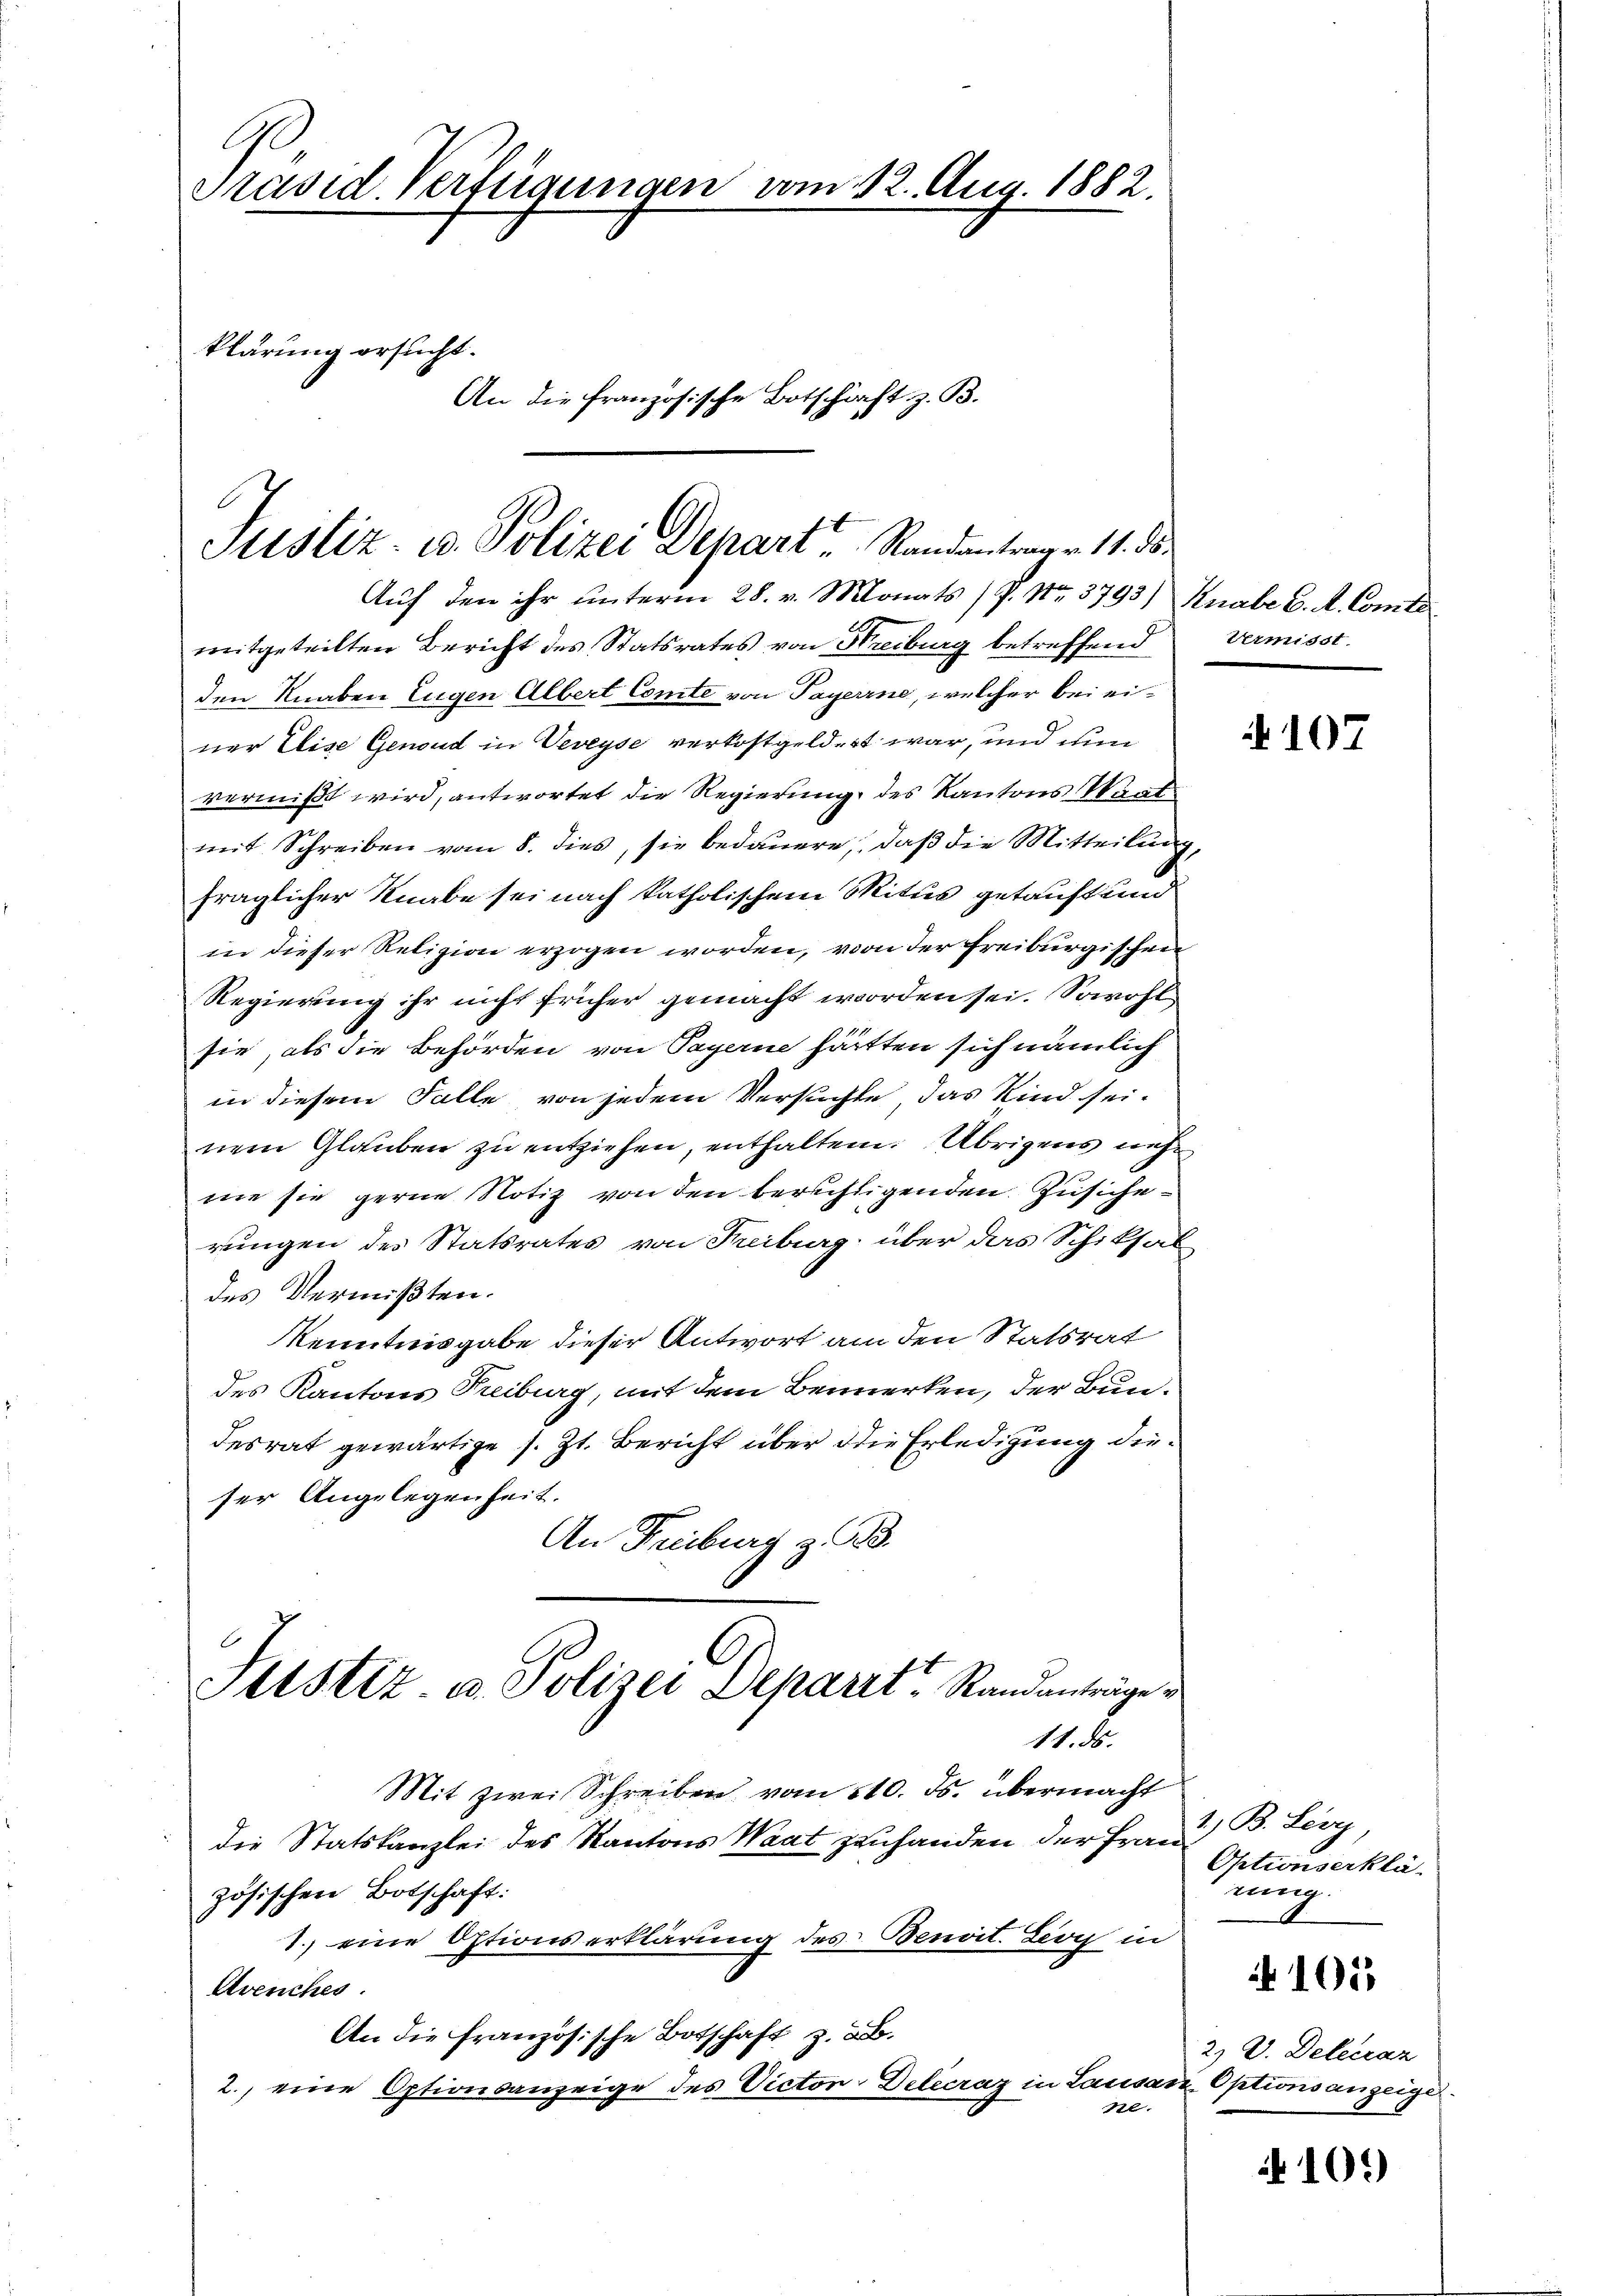
C
Präsid. Verfügungen vom 12. Aug. 1882.
klärung ersucht.
An die französische Botschäft z. B.

Justiz- u. Polizei Depart, Randantrag v. 11. ds.
Auf den ihr unterm 28. v. Monats (P. Nr. 3793) Knabe C. A. Comte

mitgeteilten Bericht des Statsrates von Streiburg betreffend
den Knaben Eugen Albert Comte von Payerne, welcher bei einer Elise Genoud in Veveyse verkostgeldert war, und nun
vermißt wird, antwortet die Regierung des Kantons Waat
mit Schreiben vom 8. dies, sie bedauere, daß die Mitteilung,
fraglicher Knabe sei nach katholischem Mitus getauft und
in dieser Religion erzogen worden, von der Freiburgischen
Regierung ihr nicht früher gemacht worden sei. Sowohl
sie, als die Behörden von Payerne hätten sich nämlich
in diesem Falle von jedem Versuchte, das Kind seinem Glauben zu entziehen, enthalten. Übrigens nehme sie gerne Notiz von den berichtigenden Zusicherungen des Statsrates von Freiburg über das Schiksal
des Vermißten.
Kenntnisgabe dieser Antwort am den Statsrat
des Kantons Freiburg, mit dem Bemerken, der Bundesrat gewärtige s. Zt. Bericht über die Erledigung dieser Angelegenheit.
An Freiburg z. 23.
6
Sitstiz u. Polizei Deparit, Randanträge d
M.B.
Mit zwei Schreiben vom 210. ds. übermacht
die Statskanzlei des Kantons Waat zu handen der Frau B. Leoy,
zösischen Botschaft:
1. eine Oftionserklärung des Benoit. Leon in
Avenches.
An die Französische Botschaft z. B.
2. eine Optionsanzeige des Victor Delecraz in Lausann Optionsanzeige
nl.

Vermisst.

107

Optionserklä-
nung

105

2) V. Deleran

4109